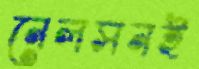
নেলসনই